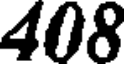
408